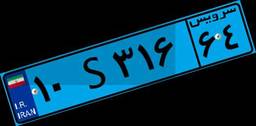
۱۰S۳۱۶۶۴